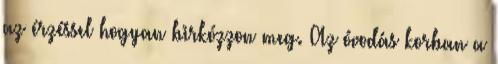
az érzéssel hogyan birkózzon meg. Az óvodás korban a